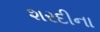
શરદીના